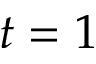
t = 1